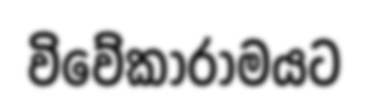
විවේකාරාමයට